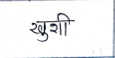
मजकूर: खुशी